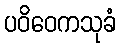
ပဝိဝေကသုခံ